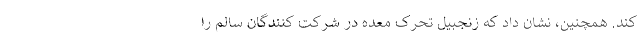
کند. همچنین، نشان داد که زنجبیل تحرک معده در شرکت کنندگان سالم را